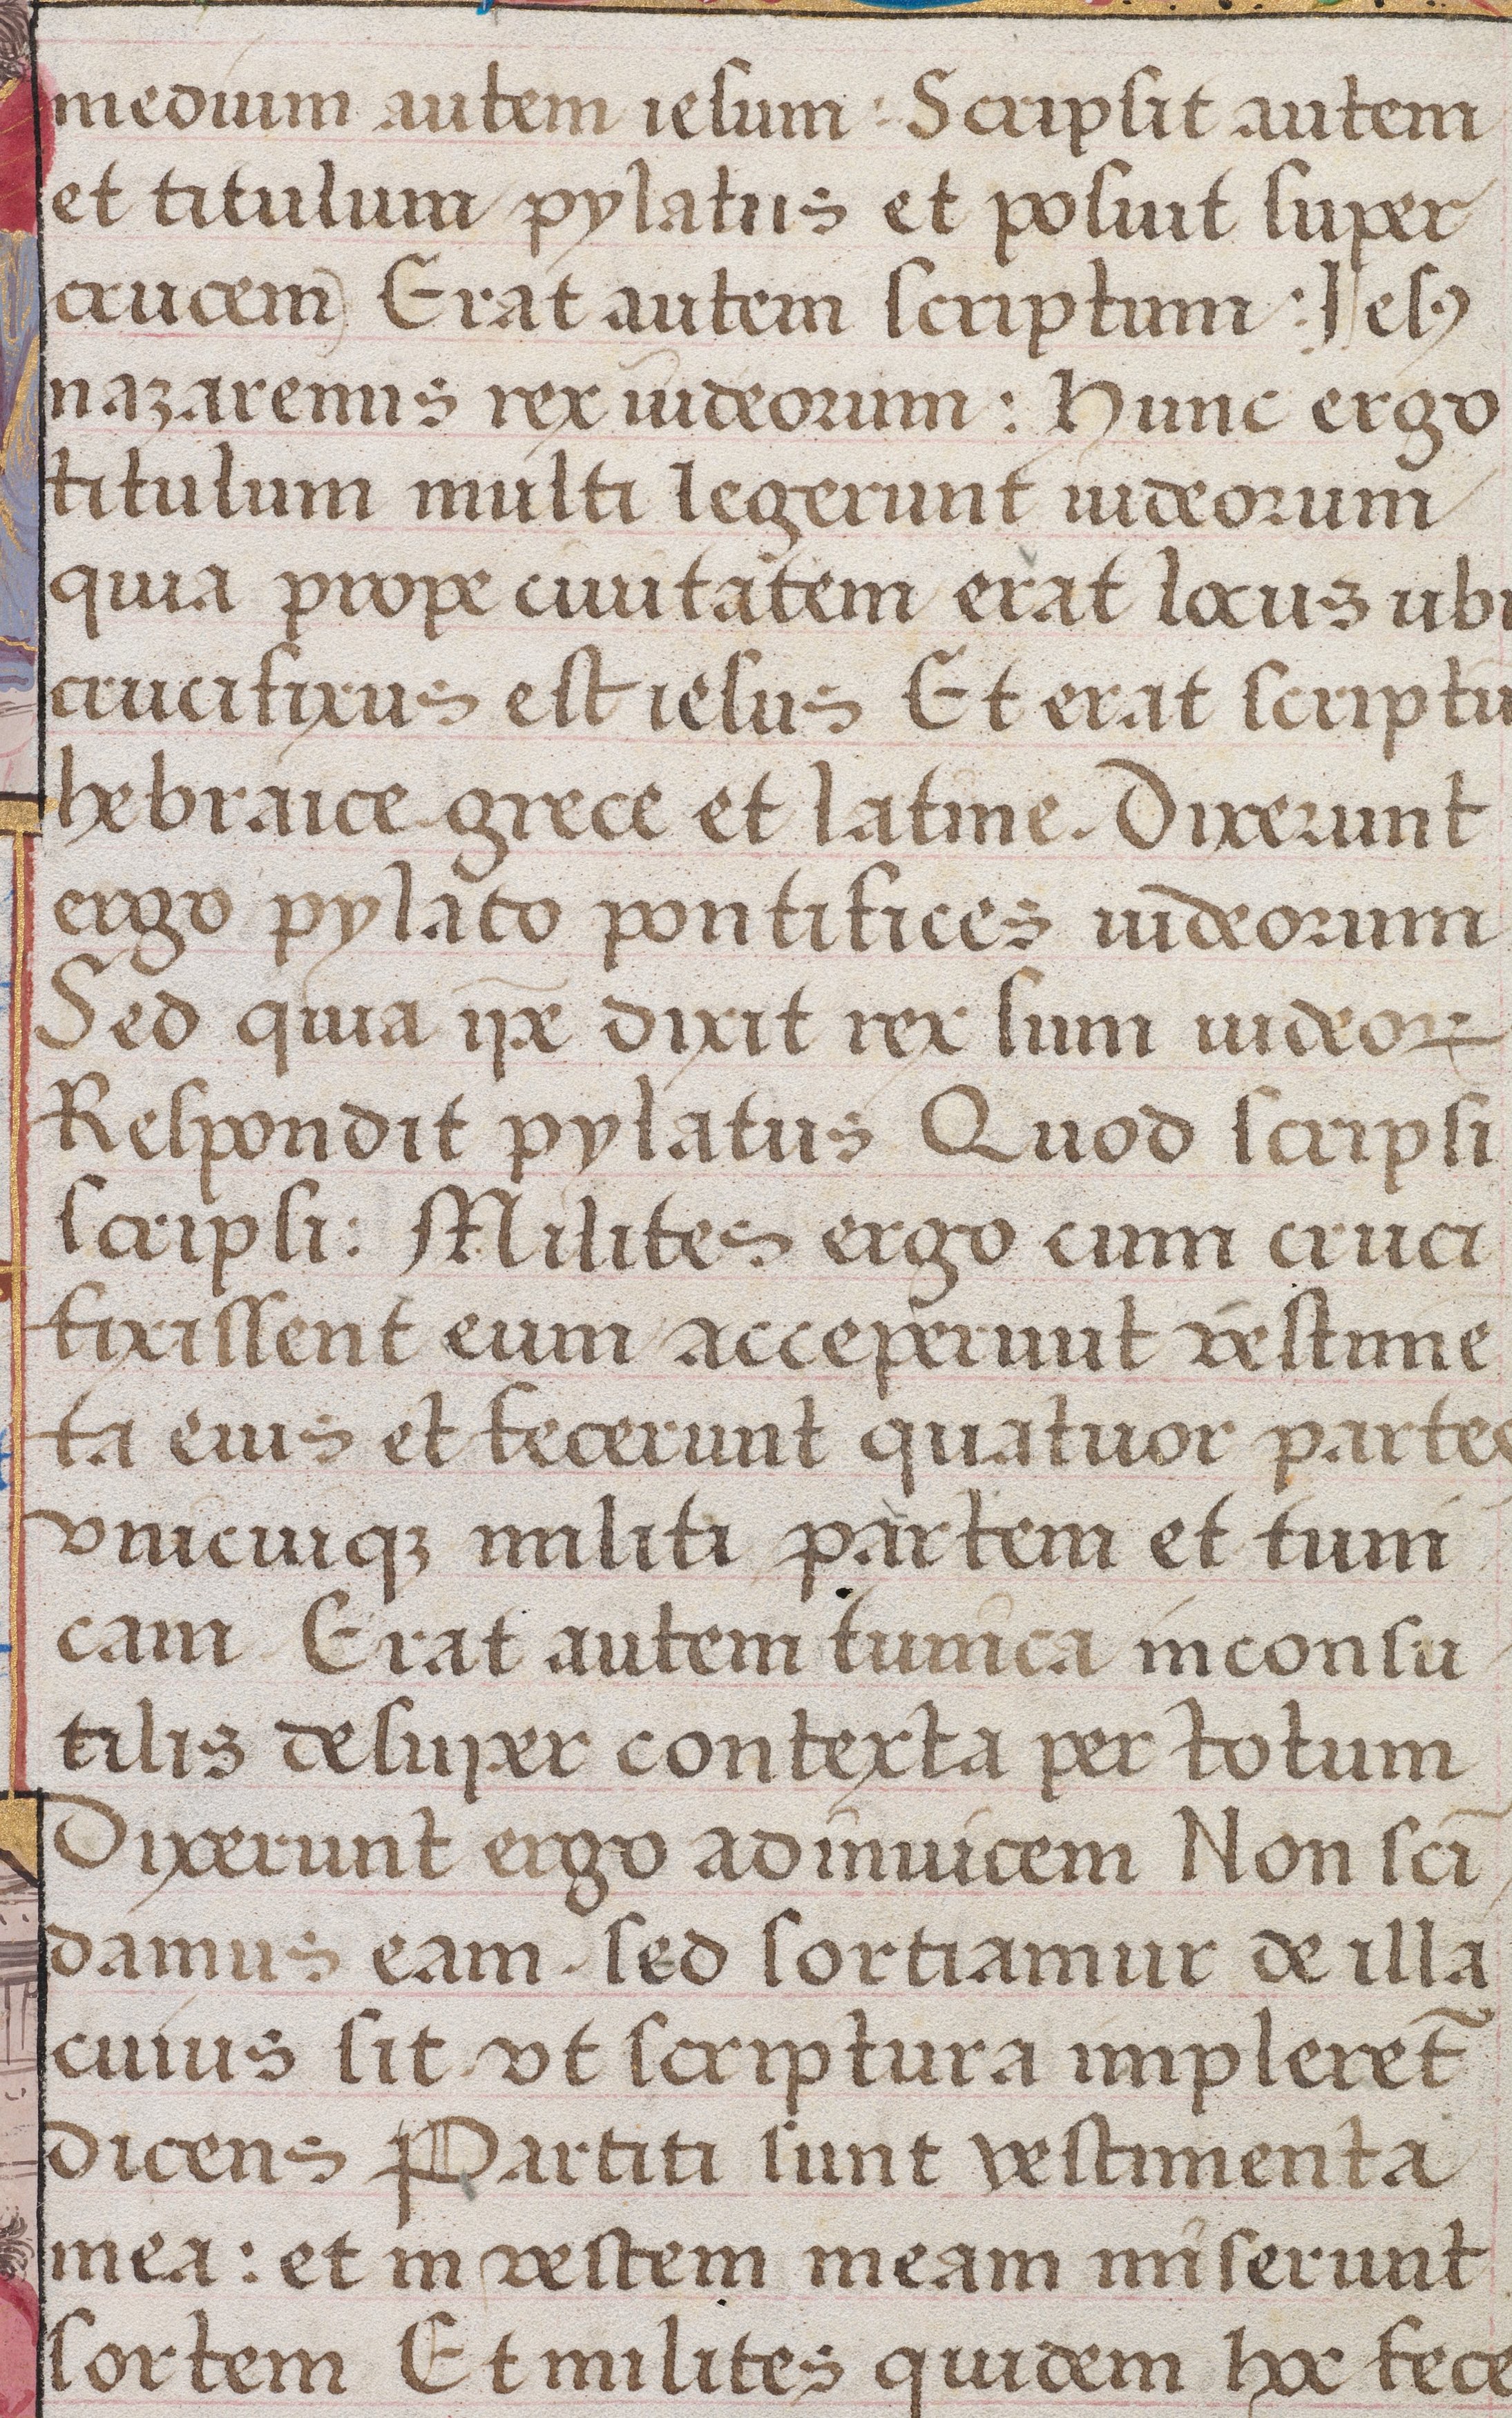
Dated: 1475–1505